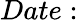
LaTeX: Date: